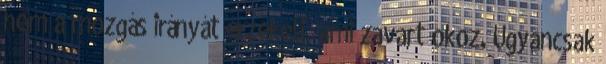
nem a mozgás irányát érzékeli, ami zavart okoz. Ugyancsak